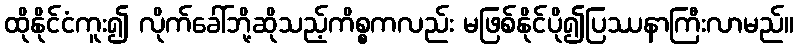
ထိုနိုင်ငံကူး၍ လိုက်ခေါ်ဘို့ဆိုသည့်ကိစ္စကလည်း မဖြစ်နိုင်ပို၍ပြဿနာကြီးလာမည်။